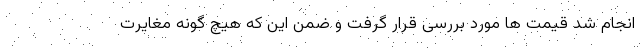
انجام شد قیمت ها مورد بررسی قرار گرفت و ضمن این که هیچ گونه مغایرت